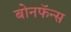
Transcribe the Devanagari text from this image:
बोनफॅन्स